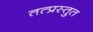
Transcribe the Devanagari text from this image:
तत्प्रस्तुत